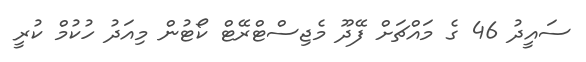
ސައީދު 46 ގެ މައްޗަށް ފޭދޫ މެޖިސްޓްރޭޓް ކޯޓުން މިއަދު ހުކުމް ކުރީ